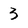
Character: 3